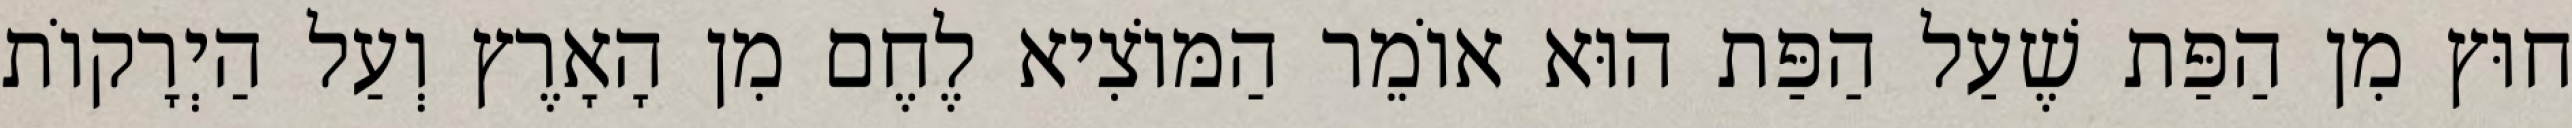
חוּץ מִן הַפַּת שֶׁעַל הַפַּת הוּא אוֹמֵר הַמּוֹצִיא לֶחֶם מִן הָאָרֶץ וְעַל הַיְרָקוֹת